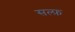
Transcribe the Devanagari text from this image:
सल्फ़